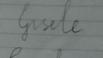
Signature authenticity: forged